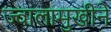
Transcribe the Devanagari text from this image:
ज्वालामुखीने